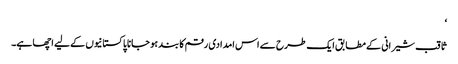
‘
ثاقب شیرانی کے مطابق ایک طرح سے اس امدادی رقم کا بند ہو جانا پاکستانیوں کے لیے اچھا ہے۔